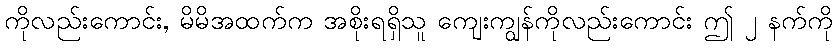
ကိုလည်းကောင်း, မိမိအထက်က အစိုးရရှိသူ ကျေးကျွန်ကိုလည်းကောင်း ဤ ၂ နက်ကို